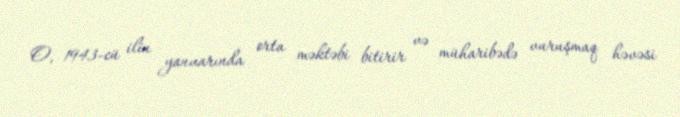
O, 1943-cü ilin yanvarında orta məktəbi bitirir və müharibədə vuruşmaq həvəsi